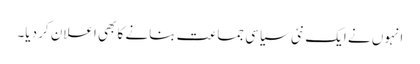
انہوں نے ایک نئی سیاسی جماعت بنانے کا بھی اعلان کر دیا۔